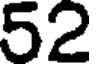
52